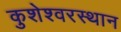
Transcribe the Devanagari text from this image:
कुशेश्वरस्थान